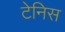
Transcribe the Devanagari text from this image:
टेनिस